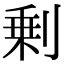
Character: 剰